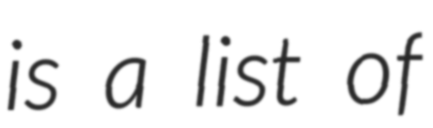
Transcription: is a list of